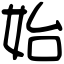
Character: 始